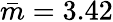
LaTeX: {\bar{m}}=3.42